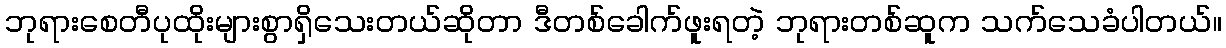
ဘုရားစေတီပုထိုးများစွာရှိသေးတယ်ဆိုတာ ဒီတစ်ခေါက်ဖူးရတဲ့ ဘုရားတစ်ဆူက သက်သေခံပါတယ်။